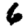
Digit: 6